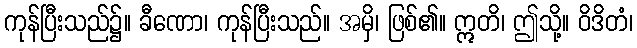
ကုန်ပြီးသည်၌။ ခီဏော၊ ကုန်ပြီးသည်။ အမှိ၊ ဖြစ်၏။ ဣတိ၊ ဤသို့။ ဝိဒိတံ၊